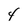
Character: 4